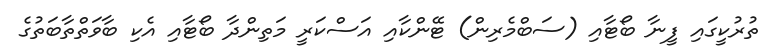
ތުރުކީގައި ފީނާ ބޯޓާއި (ސަބްމެރިން) ޓޭންކާއި އަސްކަރީ މަތިންދާ ބޯޓާއި އެކި ބާވަތްތާބަތުގެ